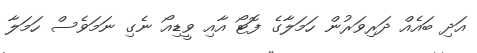
އަދި ބައެއް ދަރިވަރުން ހަމަލާގެ ފޮޓޯ އާއި ވީޑިއޯ ނެގި ނަމަވެސް ހަމަލާ